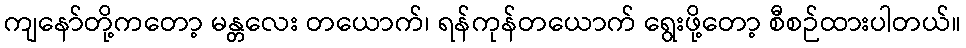
ကျနော်တို့ကတော့ မန္တလေး တယောက်၊ ရန်ကုန်တယောက် ရွေးဖို့တော့ စီစဉ်ထားပါတယ်။